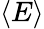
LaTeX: \langle E\rangle